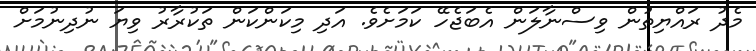
މެދު ރައްޔިތުން ވިސްނާލަން އެބަޖެހޭ ކަމަށެވެ. އަދި މިކަންކަން ތަކުރާރު ވިޔަ ނުދިނުމަށް